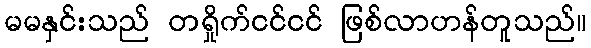
မမနှင်းသည် တရှိုက်ငင်ငင် ဖြစ်လာဟန်တူသည်။